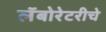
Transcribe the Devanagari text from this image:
लॅबोरेटरीचे